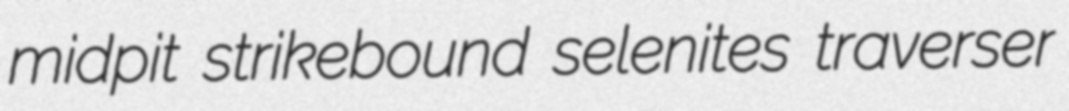
midpit strikebound selenites traverser